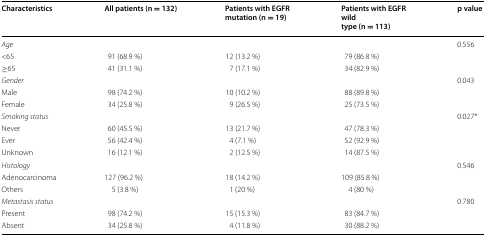
| Characteristics | All patients (n = 132) | Patients with EGFR mutation (n = 19) | Patients with EGFR wild type (n = 113) | p value |
 | --- | --- | --- | --- | --- |
 | Age |  |  |  | 0.556 |
 | <65 | 91 (68.9 %) | 12 (13.2 %) | 79 (86.8 %) |  |
 | ≥65 | 41 (31.1 %) | 7 (17.1 %) | 34 (82.9 %) |  |
 | Gender |  |  |  | 0.043 |
 | Male | 98 (74.2 %) | 10 (10.2 %) | 88 (89.8 %) |  |
 | Female | 34 (25.8 %) | 9 (26.5 %) | 25 (73.5 %) |  |
 | Smoking status |  |  |  | 0.027* |
 | Never | 60 (45.5 %) | 13 (21.7 %) | 47 (78.3 %) |  |
 | Ever | 56 (42.4 %) | 4 (7.1 %) | 52 (92.9 %) |  |
 | Unknown | 16 (12.1 %) | 2 (12.5 %) | 14 (87.5 %) |  |
 | Histology |  |  |  | 0.546 |
 | Adenocarcinoma | 127 (96.2 %) | 18 (14.2 %) | 109 (85.8 %) |  |
 | Others | 5 (3.8 %) | 1 (20 %) | 4 (80 %) |  |
 | Metastasis status |  |  |  | 0.780 |
 | Present | 98 (74.2 %) | 15 (15.3 %) | 83 (84.7 %) |  |
 | Absent | 34 (25.8 %) | 4 (11.8 %) | 30 (88.2 %) |  |